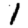
Digit: 1